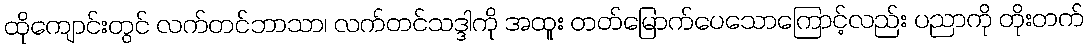
ထိုကျောင်းတွင် လက်တင်ဘာသာ၊ လက်တင်သဒ္ဒါကို အထူး တတ်မြောက်ပေသောကြောင့်လည်း ပညာကို တိုးတက်